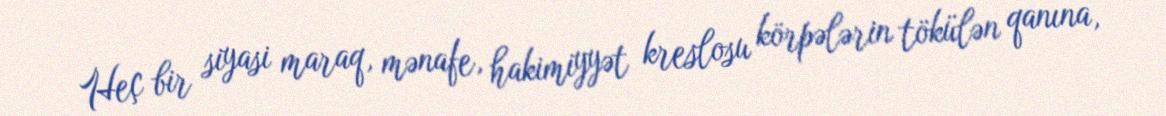
Heç bir siyasi maraq, mənafe, hakimiyyət kreslosu körpələrin tökülən qanına,